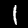
Label: 1